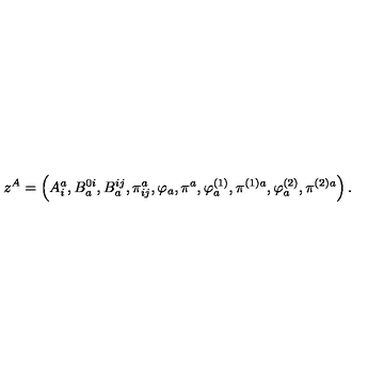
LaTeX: z ^ { A } = \left( A _ { i } ^ { a } , B _ { a } ^ { 0 i } , B _ { a } ^ { i j } , \pi _ { i j } ^ { a } , \varphi _ { a } , \pi ^ { a } , \varphi _ { a } ^ { \left( 1 \right) } , \pi ^ { ( 1 ) a } , \varphi _ { a } ^ { \left( 2 \right) } , \pi ^ { ( 2 ) a } \right) .